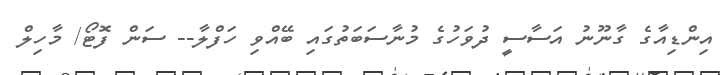
އިންޑިއާގެ ގާނޫނު އަސާސީ ދުވަހުގެ މުނާސަބަތުގައި ބޭއްވި ހަފްލާ-- ސަން ފޮޓޯ/ މާހިލް